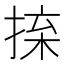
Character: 𢮕